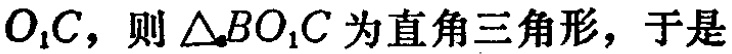
$O_{1}C，则\triangle BO_{1}C为直角三角形，于是$